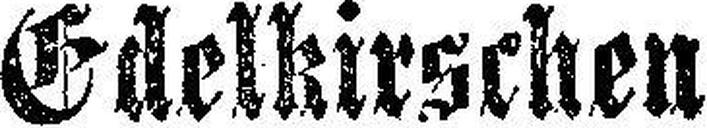
Edelkirschen